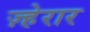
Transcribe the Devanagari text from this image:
ज़्हेरार